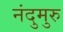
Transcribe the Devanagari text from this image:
नंदुमुरु